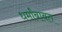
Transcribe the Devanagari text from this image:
धर्मांबाबत